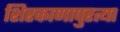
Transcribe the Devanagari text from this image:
शिरकाणापुरत्या